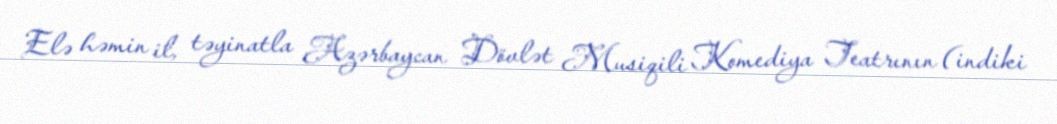
Elə həmin il, təyinatla Azərbaycan Dövlət Musiqili Komediya Teatrının (indiki